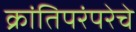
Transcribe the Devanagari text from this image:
क्रांतिपरंपरेचे